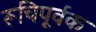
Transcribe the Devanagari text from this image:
रूचिपूर्वक